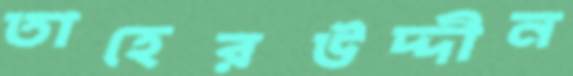
তাহেরউদ্দীন